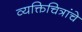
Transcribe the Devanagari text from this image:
व्यक्तिचित्रांचे